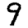
Digit: 9